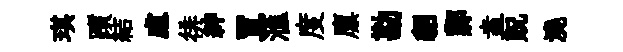
琪躓結慮徘紳罝滙度廪勘貂鄴盍貺澆